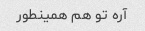
آره تو هم همینطور